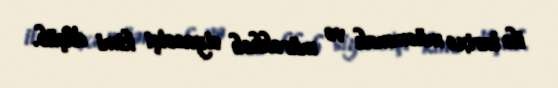
ilə tarixə müəmmalı və mürəkkəb siyasətçi kimi düşüb.